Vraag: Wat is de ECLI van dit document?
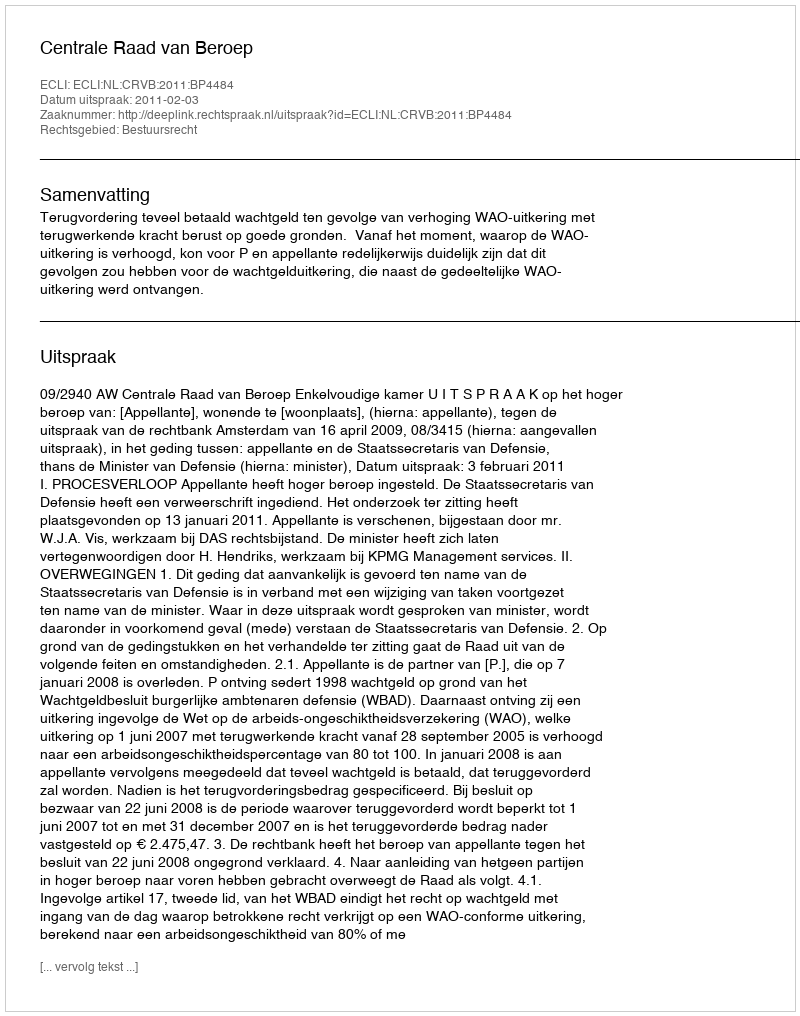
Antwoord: ECLI:NL:CRVB:2011:BP4484